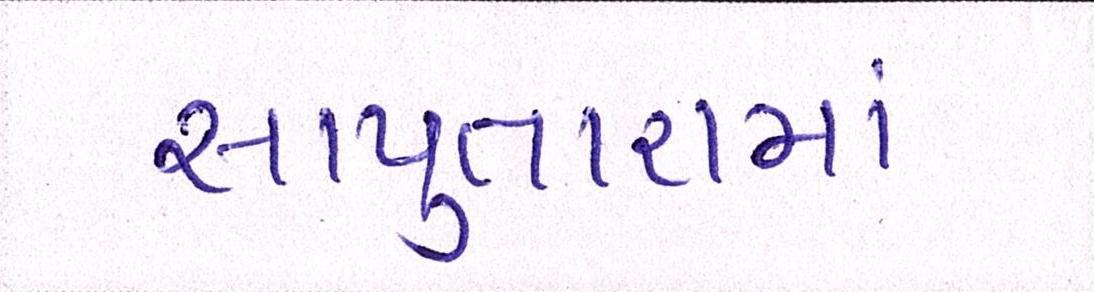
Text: સાપુતારામાં